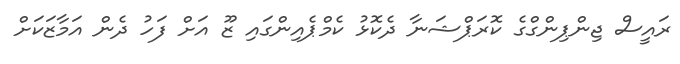
ރައީސް ޖިންޕިންގްގެ ކޮރަޕްޝަނާ ދެކޮޅު ކެމްޕެއިންގައި ޒޫ އަށް ފަހު ދެން އަމާޒަކަށް